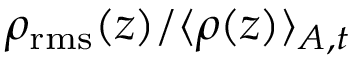
\rho _ { \mathrm { r m s } } ( z ) / \langle \rho ( z ) \rangle _ { A , t }